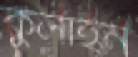
কুলাইন